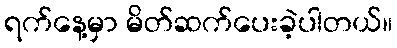
ရက်နေ့မှာ မိတ်ဆက်ပေးခဲ့ပါတယ်။